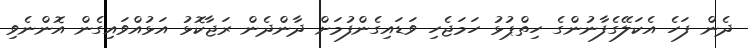
ދެން ފަހެ އެކަލޭގެފާނުންގެ ހިތްޕުޅު ހަމަޖެހި ވަޑައިގެންފުމަށް ދާންދެން ރަޖާކޮޅު އަޅުއްވައިގެން އޮންނެވި